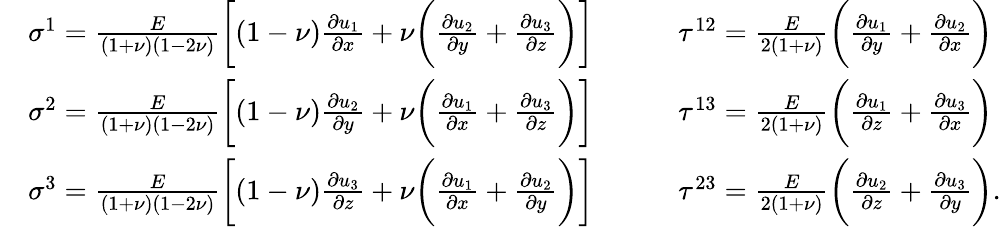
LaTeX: \begin{array}{rl}&{\sigma^{1}=\frac{E}{(1+\nu)(1-2\nu)}\bigg[(1-\nu)\frac{\partial u_{1}}{\partial x}+\nu\bigg(\frac{\partial u_{2}}{\partial y}+\frac{\partial u_{3}}{\partial z}\bigg)\bigg]\qquad\quad\tau^{12}=\frac{E}{2(1+\nu)}\bigg(\frac{\partial u_{1}}{\partial y}+\frac{\partial u_{2}}{\partial x}\bigg)}\\ &{\sigma^{2}=\frac{E}{(1+\nu)(1-2\nu)}\bigg[(1-\nu)\frac{\partial u_{2}}{\partial y}+\nu\bigg(\frac{\partial u_{1}}{\partial x}+\frac{\partial u_{3}}{\partial z}\bigg)\bigg]\qquad\quad\tau^{13}=\frac{E}{2(1+\nu)}\bigg(\frac{\partial u_{1}}{\partial z}+\frac{\partial u_{3}}{\partial x}\bigg)}\\ &{\sigma^{3}=\frac{E}{(1+\nu)(1-2\nu)}\bigg[(1-\nu)\frac{\partial u_{3}}{\partial z}+\nu\bigg(\frac{\partial u_{1}}{\partial x}+\frac{\partial u_{2}}{\partial y}\bigg)\bigg]\qquad\quad\tau^{23}=\frac{E}{2(1+\nu)}\bigg(\frac{\partial u_{2}}{\partial z}+\frac{\partial u_{3}}{\partial y}\bigg).}\end{array}